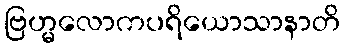
ဗြဟ္မလောကပရိယောသာနာတိ